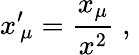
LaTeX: x^{\prime}{}_{\! \mu}=\frac{x_{\mu}}{x^{2}}\; \mathrm{,}\;